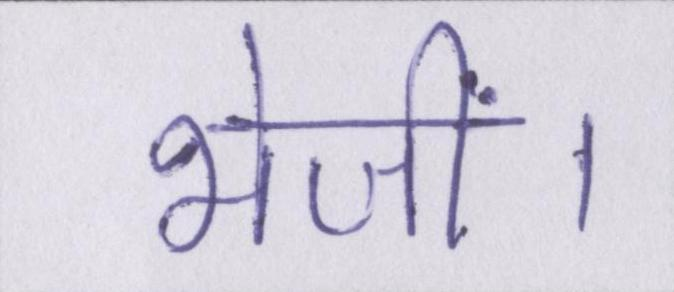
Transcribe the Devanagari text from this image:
भेजीं।